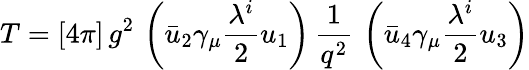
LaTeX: T=[4\pi]\, g^{2}\, \left(\bar{u}_{2}\gamma_{\mu}{\frac{\lambda^{i}}{2}}u_{1}\right)\, {\frac{1}{q^{2}}}\, \left(\bar{u}_{4}\gamma_{\mu}{\frac{\lambda^{i}}{2}}u_{3}\right)